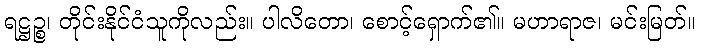
ရဋ္ဌဉ္စ၊ တိုင်းနိုင်ငံသူကိုလည်း။ ပါလိတော၊ စောင့်ရှောက်၏။ မဟာရာဇ၊ မင်းမြတ်။